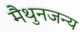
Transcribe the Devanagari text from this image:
मैथुनजन्य